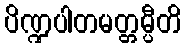
ပိဏ္ဍပါတမတ္တမ္ပီတိ